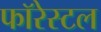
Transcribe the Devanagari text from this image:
फॉरेस्टल